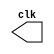
//---------------------------
//Nome: Caio Ragacci Pimentel
//Matrcula: 405794
//---------------------------


// ----------------------------
// -- clock
// ----------------------------

module clock ( clk );
 output clk;
 reg    clk;

 initial
  begin
   clk = 1'b0;
  end

 always
  begin
   #24 clk = ~clk;
  end
endmodule



// ----------------------------
// -- exercicio 1
// ----------------------------

module guia0901 (signal,clock);

 input  clock;
 output signal;
 reg    signal;

  initial
  begin
   signal = 1'b0;
  end

 always
  begin
   #12 signal = ~signal;
	
  end
endmodule



// ----------------------------
// -- exercicio 2
// ----------------------------

module guia0902 (signal,clock);

 input  clock;
 output signal;
 reg    signal;

  initial
  begin
   signal = 1'b0;
  end

 always
  begin
   #96 signal = ~signal;
	
  end
endmodule



// ----------------------------
// -- exercicio 3
// ----------------------------

module guia0903 (signal,clock);
 input  clock;
 output signal;
 reg    signal;


 always @ ( posedge clock )
  begin
      signal = 1'b1;
	#6 signal = 1'b0;
  end
  
 always @ ( negedge clock )
  begin
  		signal = 1'b1;
   #6 signal = 1'b0;
	
  end
endmodule



// ----------------------------
// -- exercicio 4
// ----------------------------

module guia0904 ( signal,clock );
 input  clock;
 output signal;
 reg    signal;

  
 always @ ( negedge clock )
  begin
  		  signal = 1'b1;
    #96 signal = 1'b0;
  end
endmodule



// ----------------------------
// -- exercicio 5
// ----------------------------

module guia0905 ( signal,clock );
 input  clock;
 output signal;
 reg    signal;

  
 always @ ( posedge clock )
  begin
  	    signal = 1'b1;
    #6 signal = 1'b0;
  end
endmodule




// ----------------------------
// -- teste
// ----------------------------

module teste;

 wire  clock;
 clock clk1 ( clock );
 
 wire exercicio1, exercicio2, exercicio3, exercicio4, exercicio5;
 
 guia0901 GUIA0901 (exercicio1,clock);
 guia0902 GUIA0902 (exercicio2,clock);
 guia0903 GUIA0903 (exercicio3,clock);
 guia0904 GUIA0904 (exercicio4,clock);
 guia0905 GUIA0905 (exercicio5,clock);

 initial begin
  $dumpfile ( "guia09.vcd" );
  $dumpvars (1, clock, exercicio1, exercicio2, exercicio3, exercicio4, exercicio5);
  #480 $finish;
  
 end
endmodule